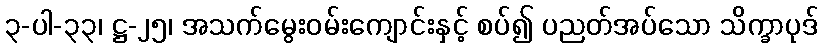
၃-ပါ-၃၃၊ ဋ္ဌ-၂၅၊ အသက်မွေးဝမ်းကျောင်းနှင့် စပ်၍ ပညတ်အပ်သော သိက္ခာပုဒ်